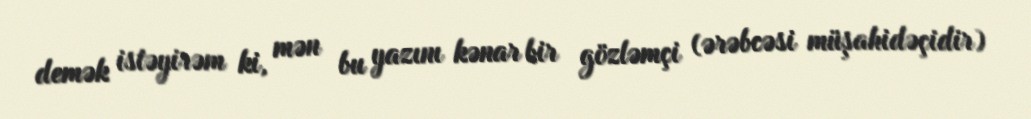
demək istəyirəm ki, mən bu yazını kənar bir gözləmçi (ərəbcəsi müşahidəçidir)